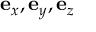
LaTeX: \mathbf { e } _ { x } , \mathbf { e } _ { y } , \mathbf { e } _ { z }